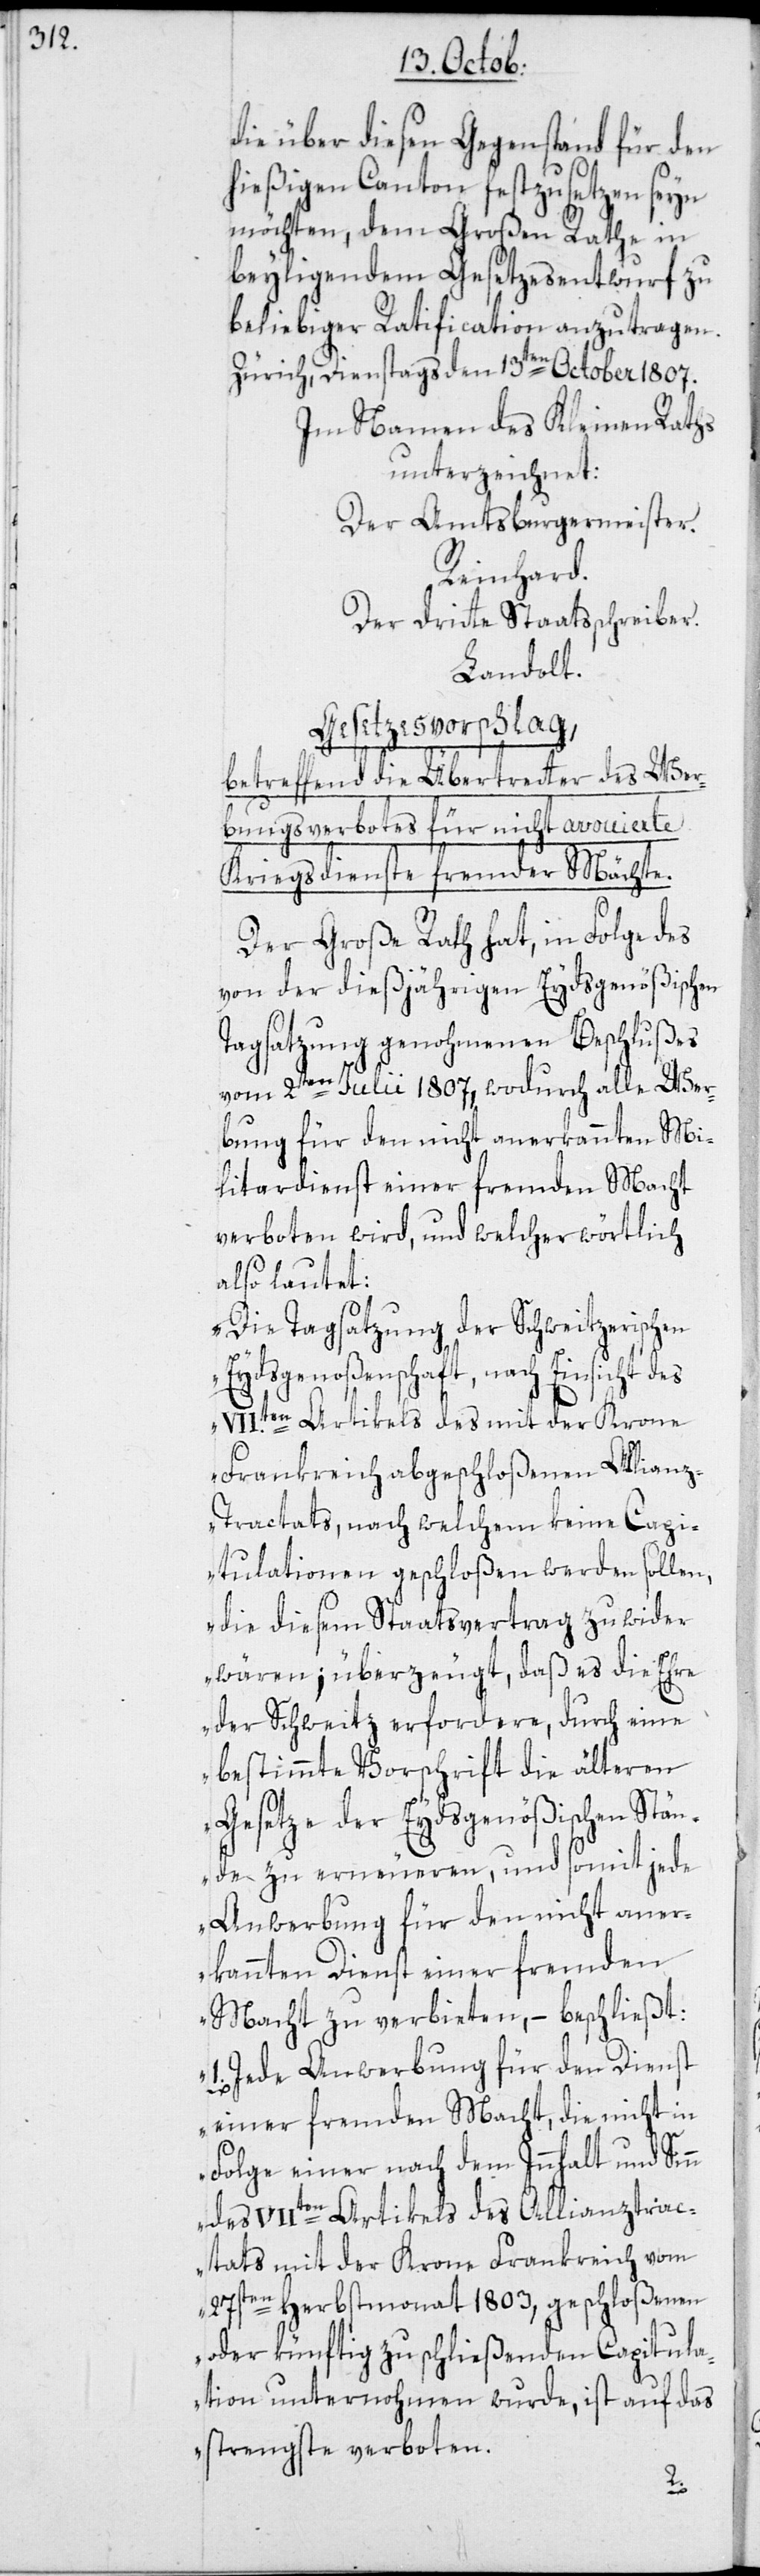
die über diesen Gegenstand für den
hießigen Canton festzusetzen seyn
möchten, dem Großen Rathe in
beyligendem Gesetzesentwurf zu
beliebiger Ratification anzutragen.
Zürich, Dienstags den 13ten October 1807.
Im Namen des Kleinen Raths
unterzeichnet:
Der Amtsburgermeister.
Reinhard.
Der dritte Staatsschreiber.
Landolt.
Gesetzesvorschlag,
betreffend die Übertretter des Wer¬
bungsverbotes für nicht avouierte
Kriegsdienste fremder Mächte.
Der Große Rath hat, in Folge des
von der dießjährigen Eydsgenößischen
Tagsatzung genohmenen Beschlußes
vom 2ten Julii 1807, wodurch alle Wer¬
bung für den nicht anerkannten Mi¬
litardienst einer fremden Macht
verboten wird, und welcher wörtlich
also lautet:
„Die Tagsatzung der Schweitzerischen
Eydsgenoßenschaft, nach Einsicht des
VII.ten Artikels des mit der Krone
Frankreich abgeschloßenen Allianz-T¬
ractats, nach welchem keine Capi¬
tulationen geschloßen werden sollen,
die diesem Staatsvertrag zu wider
wären; überzeugt, daß es die Ehre
der Schweitz erfordere, durch eine
bestimmte Vorschrift die älteren
Gesetze der Eydsgenößischen Stän¬
de zu erneueren, und somit jede
Anwerbung für den nicht aner¬
kannten Dienst einer fremden
Macht zu verbieten, – beschließt:
1. Jede Anwerbung für den Dienst
einer fremden Macht, die nicht in
Folge einer nach dem Innhalt und Sinn
des VIIten Artikels des Allianztrac¬
tats mit der Krone Frankreich vom
27sten Herbstmonat 1803, geschloßenen
oder künftig zu schließenden Capitula¬
tion unternohmen wurde, ist auf das
strengste verboten.